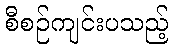
စီစဉ်ကျင်းပသည့်